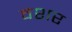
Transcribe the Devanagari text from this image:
वशर